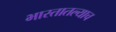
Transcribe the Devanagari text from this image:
भारतातल्याच